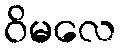
ဝိမလေ